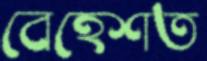
বেহেশত